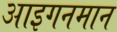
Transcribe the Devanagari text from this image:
आइगनमान